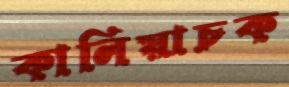
কালিয়াচক